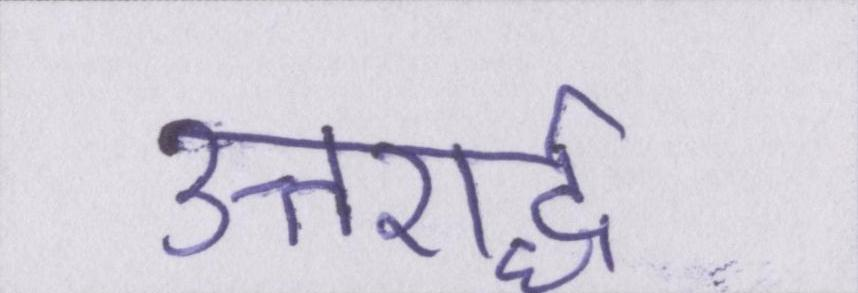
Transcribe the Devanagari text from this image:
उत्तरार्द्ध